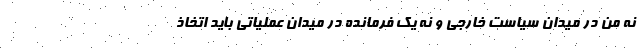
نه من در ميدان سياست خارجي و نه يك فرمانده در ميدان عملياتي بايد اتخاذ